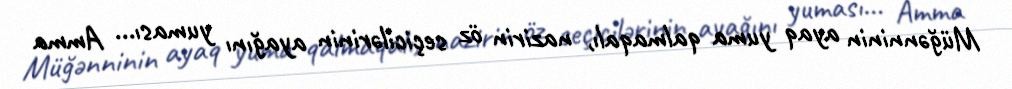
Müğənninin ayaq yuma qalmaqalı, nazirin öz seçicilərinin ayağını yuması... Amma